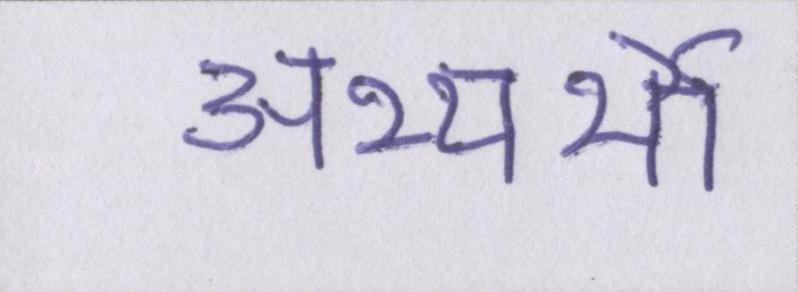
अभ्यर्थी